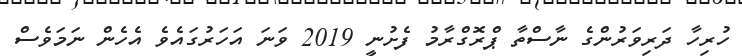
ހުރިހާ ދަރިވަރުންގެ ނާސްތާ ޕްރޮގްރާމު ފެށުނީ 2019 ވަނަ އަހަރުގައެވެ އެހެން ނަމަވެސް